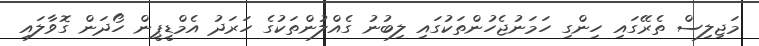
މަޖިލިސް ތެރޭގައި ހިންގި ހަމަނުޖެހުންތަކުގައި ލިބުނު ގެއްލުންތަކުގެ ހަރަދު އެމްޑީޕީން ހޯދަން ގޮވާލައި